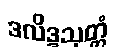
ဒလိဒ္ဒသုတ္တံ